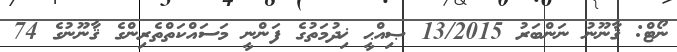
ނޯޓް: ޤާނޫނު ނަންބަރު 13/2015 ޞިއްޙީ ޚިދުމަތުގެ ފަންނީ މަސައްކަތްތެރިންގެ ޤާނޫނުގެ 74